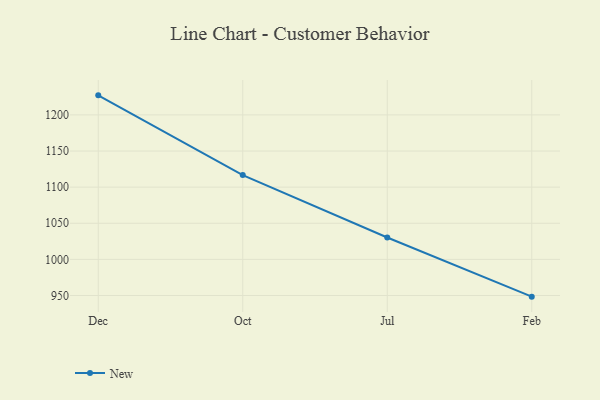
{"axis": {"x": "Month", "y": "Backlog"}, "legend": ["New"], "data": [{"x": "Dec", "y": 1227.1, "type": "New"}, {"x": "Oct", "y": 1116.7, "type": "New"}, {"x": "Jul", "y": 1030.3, "type": "New"}, {"x": "Feb", "y": 948.4, "type": "New"}]}